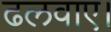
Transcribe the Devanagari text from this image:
ढलवाए।